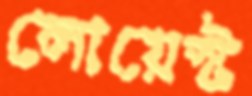
লোয়েস্ট